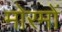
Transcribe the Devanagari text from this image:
मोरमों